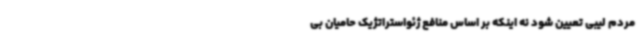
مردم لیبی تعیین شود نه اینکه بر اساس منافع ژئواستراتژیک حامیان بی